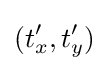
(t'_{x},t'_{y})